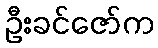
ဦးခင်ဇော်က